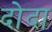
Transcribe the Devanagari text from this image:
दोदा